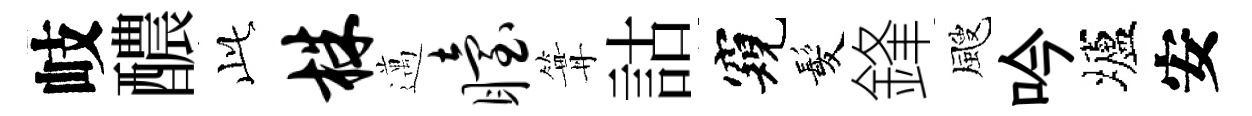
岐醲𬼘株邁眙篝詁窺髪鋒颼吟壚安